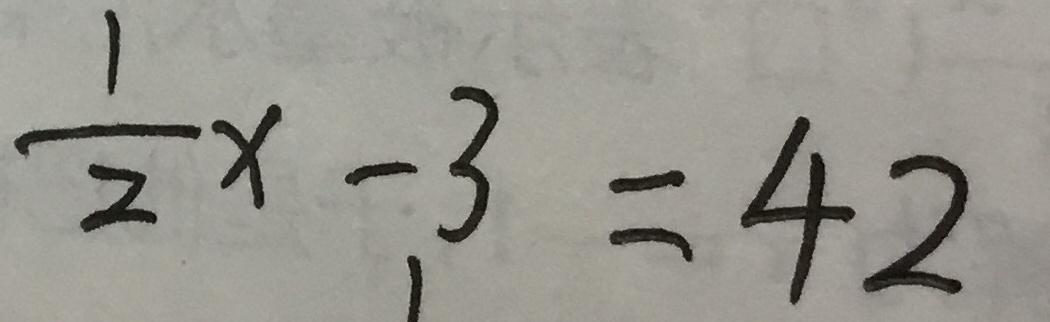
\frac { 1 } { 2 } x - 3 = 4 2